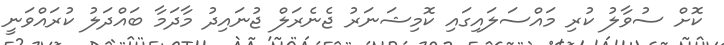
ކޮށް ސުވާލު ކުރި މައްސަލައިގައި ކޮމިޝަނަރު ޖެނެރަލް ޖުނައިދު މާދަމާ ބައްދަލު ކުރައްވަނީ